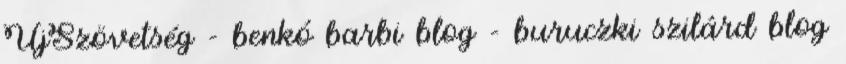
ÚjSzövetség - benkó barbi blog - buruczki szilárd blog